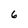
Character: 6